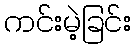
ကင်းမဲ့ခြင်း